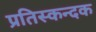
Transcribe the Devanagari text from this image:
प्रतिस्कन्दक